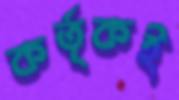
কর্তৃকই